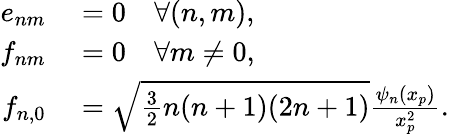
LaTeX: \begin{array}{rl}{e_{nm}}&{{}=0\quad\forall(n,m),}\\ {f_{nm}}&{{}=0\quad\forall m\neq 0,}\\ {f_{n,0}}&{{}=\sqrt{\frac{3}{2}n(n+1)(2n+1)}\frac{\psi_{n}(x_{p})}{x_{p}^{2}}.}\end{array}